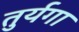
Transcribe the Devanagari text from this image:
तुर्यगा